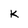
Character: k